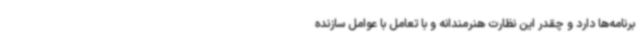
برنامه‌ها دارد و چقدر این نظارت هنرمندانه و با تعامل با عوامل سازنده